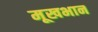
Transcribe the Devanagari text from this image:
मूखभान